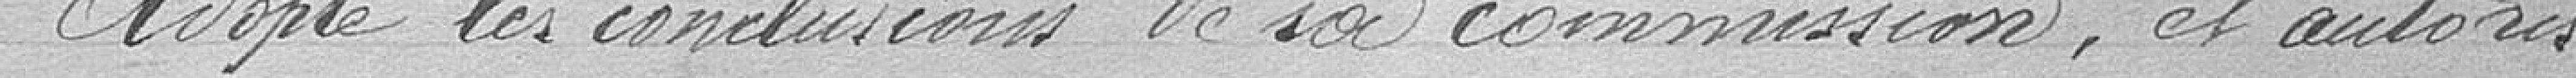
Adopte les conclusions de sa commission, et autorise